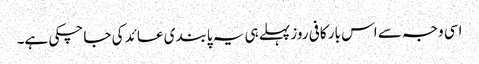
اسی وجہ سے اس بار کافی روز پہلے ہی یہ پابندی عائد کی جا چکی ہے۔